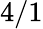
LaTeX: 4/1